Papers set at the Examination for Leaving Certificates, 1894
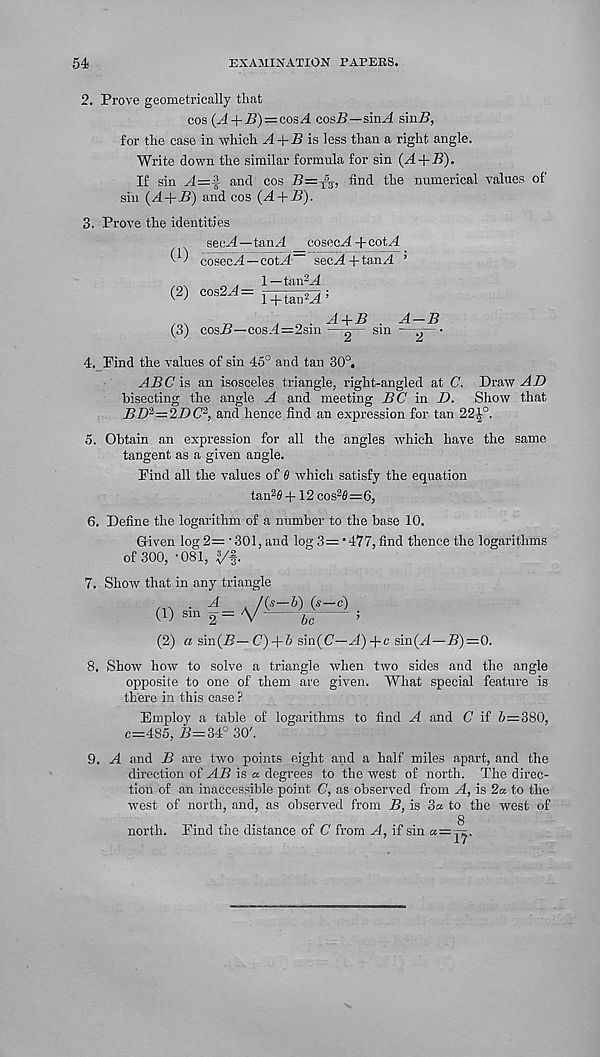
54
EXAMINATION PAPERS.
2. Prove geometrically that
cos {A + E)—c,osA cosB—sinA sinB,
for the case in which yf + i? is less than a right angle.
Write down the similar formula for sin (A+B).
If sin A=^ and cos B=-f s , find the numerical values of
sin (A+B) and cos (A + B).
3. Prove the identities
see^l—taiiAl cosecA+cotA
rosec/1 -co!.! - secA+tanA ’
, n
„ , 1 — tan 2 .4
(2) cos2a1= - jTIa^;
(3) cos-B—cos.4=2sin
sin —^—
4. Find the values of sin 45° and tan 30°,
ABC \s an isosceles triangle, right-angled at C. Draw AD
bisecting the angle A and meeting BC in D. Show that
BD^^ZDC 2 , and hence find an expression for tan 22^°.
5. Obtain an expression for all the angles which have the same
tangent as a given angle.
Find all the values of 0 which satisfy the equation
tan 2 # +12 cos 2 #=6,
6. Define the logarithm of a number to the base 10.
Given log 2= • 301, and log 3= *477, find thence the logarithms
of 300, -osi, y§.
7. Show that in any triangle
(1)
=
s—6) (.s—c)
be
(2) a sin(S—G) + 6 sin(C'—y!)+c sin(y4—B)=0.
8, Show how to solve a triangle when two sides and the angle
opposite to one of them are given. What special feature is
there in this case ?
Employ a table of logarithms to find A and C if 5=380,
c=485, B=34° 30'.
9. y4 and B are two points eight and a half miles apart, and the
direction of AB is a degrees to the west of north. The direc-
tion of an inaccessible point C, as observed from A, is 2a to the
west of north, and, as observed from B, is 3a to the west of
g
north. Find the distance of C from A, if sin a=T^.